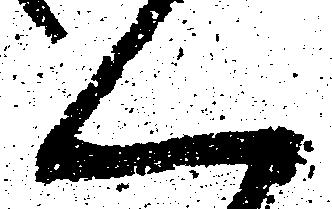
く